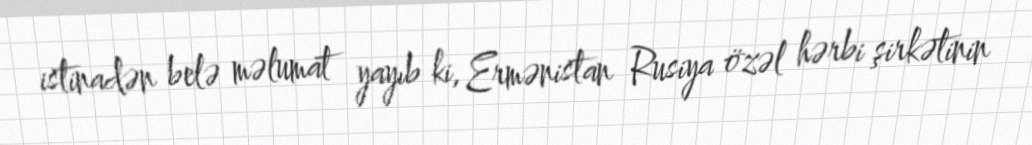
istinadən belə məlumat yayıb ki, Ermənistan Rusiya özəl hərbi şirkətinin